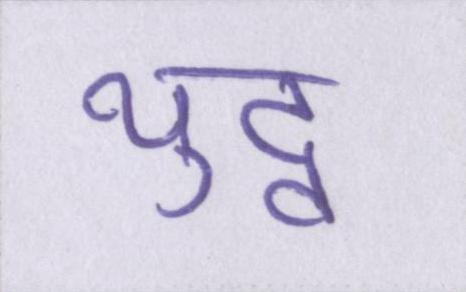
युद्व